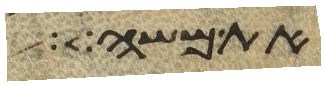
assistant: את משה